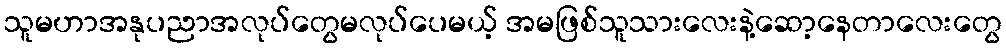
သူမဟာအနုပညာအလုပ်တွေမလုပ်ပေမယ့် အမဖြစ်သူသားလေးနဲ့ဆော့နေတာလေးတွေ